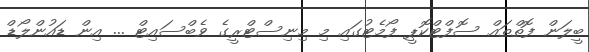
ބީލަން ފޮތްތައް ސޮފްޓްކޮޕީ ފޯމެޓުގައި މި މިނިސްޓްރީގެ ވެބްސައިޓް ... އިން ޑައުންލޯޑް